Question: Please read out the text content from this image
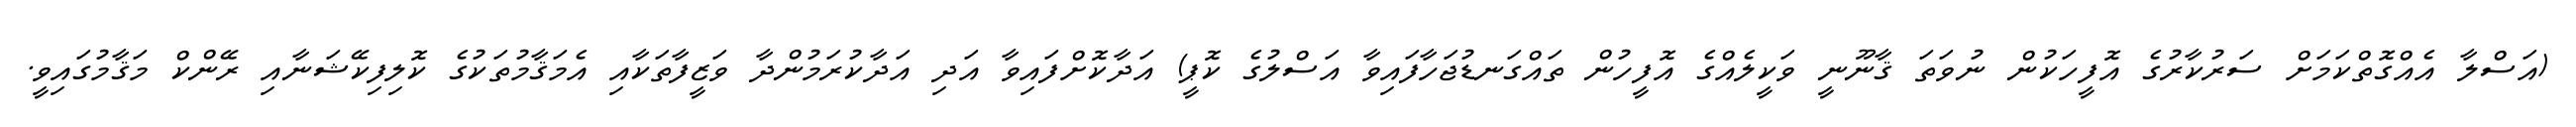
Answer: (އަސްލާ އެއްގޮތްކަމަށް ސަރުކާރުގެ އޮފީހަކުން ނުވަތަ ޤާނޫނީ ވަކީލެއްގެ އޮފީހުން ތައްގަނޑުޖަހާފައިވާ އަސްލުގެ ކޮޕީ) އަދާކޮށްފައިވާ އަދި އަދާކުރަމުންދާ ވަޒީފާތަކާއި އެމަޤާމުތަކުގެ ކޮލިފިކޭޝަނާއި ރޭންކް މަޤާމުގައިވީ.